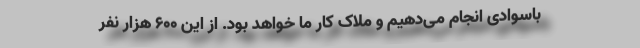
باسوادی انجام می‌دهیم و ملاک کار ما خواهد بود. از این ۶۰۰ هزار نفر